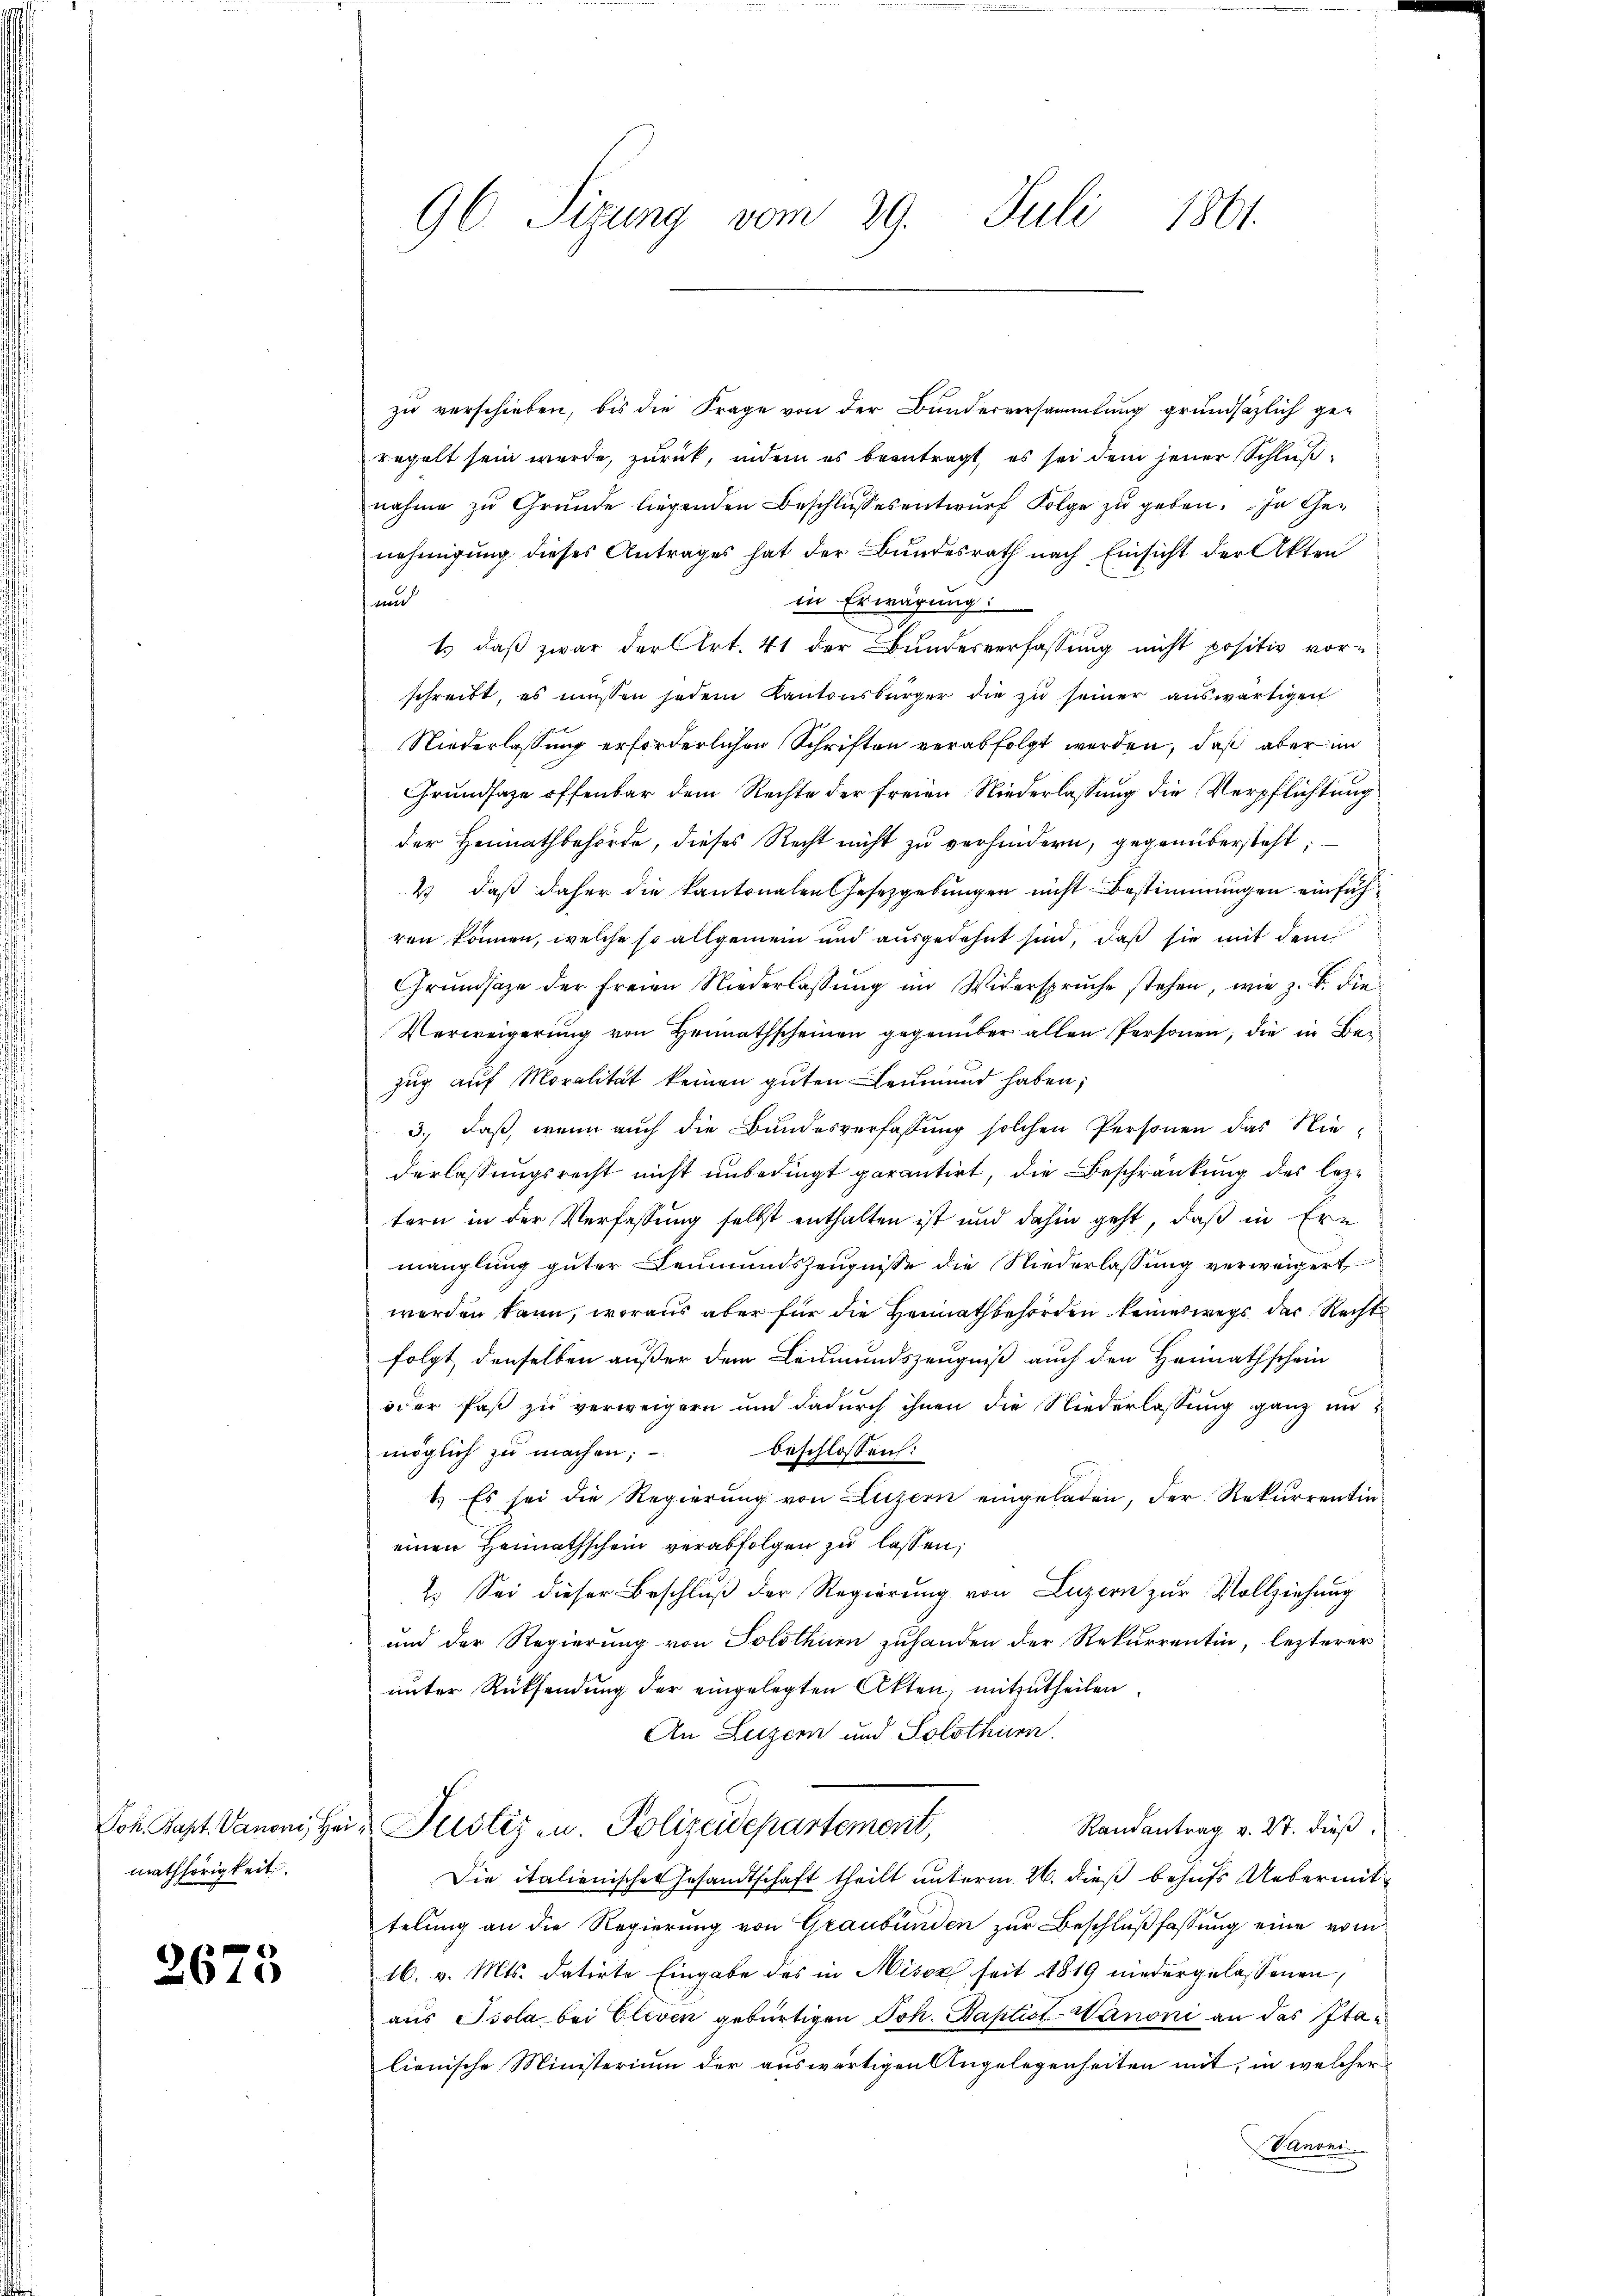
Joh. Bapt. Vanoni, Heimathörigkeit.

2675

96. Sizung vom 29. Juli 1861.

zu verschieben, bis die Frage von der Bunderversammlung grundsätzlich geregelt sein werde, zurück, indem es beantragt, es sei dem jener Schlußnahme zŭ Grŭnde liegenden Beschlŭssesentwŭrf Folge zŭ geben. In Genehmigung dieses Antrages hat der Bundesrath nach Einsicht der Akten
in Erwägung:
 und
1.) daß zwar der Art. 41 der Bundesverfassung nicht positiv vor-
schreibt, es müssen jedem Kantonsbürger die zu seiner auswärtigen
Niederlassung erforderlichen Schriften verabfolgt werden, daß aber im
Grundsaze offenbar dem Rechte der freien Niederlassung die Verpflichtung
der Heimathbehörde, dieses Recht nicht zu verhindern, gegenübersteht;
2) daß daher die kantonalen Gesetzgebungen nicht Bestimmungen einführen können, welche so allgemein und ausgedehnt sind, daß sie mit dem
Grŭndsaze der freien Niederlassŭng im Widersprŭche stehen, wie z. B. die
Verweigerung von Heimathscheinen gegenüber allen Personen, die in Bezug auf Moralität keinen guten Leumund haben;
3., daß, wenn auch die Bundesverfassung solchen Personen das Niederlassungsrecht nicht unbedingt garantirt, die Beschränkung des leztern in der Verfassung selbst enthalten ist und dahin geht, daß in Ern
manglung guter Leumundszeugnisse die Niederlassung verweigert
werden kann, woraus aber für die Heimathbehörden keineswegs das Rechts
folgt, denselben außer dem Leumundszeugniß auch den Heimathschein
oder Paβ zŭ verweigern und dadŭrch ihnen die Niederlassŭng ganz in
beschlossen:
möglich zu machen;
1.) Es sei die Regierung von Luzern eingeladen, der Rekurrentin
einen Heimathschein verabfolgen zu lassen;
2. Sei dieser Beschlŭβ der Regierŭng von Luzern zŭr Vollziehŭng
und der Regierung von Solothuen zuhanden der Rekurrentin, lezterer
unter Rücksendung der eingelegten Akten, mitzutheilen.
An Luzern und Solothurn.
Randantrag v. 27. dieß
Justiz- u. Polizeidepartement,
Die italienischen Gesandtschaft theilt unterm 26. dieß behufs Uebermittelung an die Regierung von Graubünden zur Beschlußfassung eine vom
16. v. Mts. datirte Eingabe des in Misox seit 1819 niedergelassenen
aus Isola bei Cleven gebürtigen Joh. Baptist-Wanoni an des Italienische Ministerium der auswärtigen Angelegenheiten mit, in welcher
Panoni